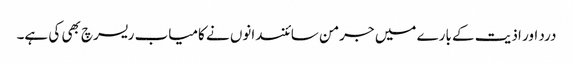
درد اور اذیت کے بارے میں جرمن سائنسدانوں نے کامیاب ریسرچ بھی کی ہے۔